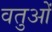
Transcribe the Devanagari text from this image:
वतुओं